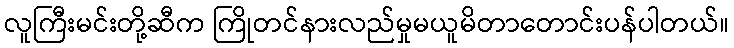
လူကြီးမင်းတို့ဆီက ကြိုတင်နားလည်မှုမယူမိတာတောင်းပန်ပါတယ်။